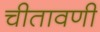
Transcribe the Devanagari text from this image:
चीतावणी